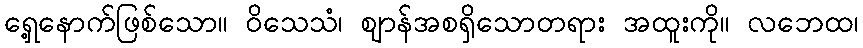
ရှေ့နောက်ဖြစ်သော။ ဝိသေသံ၊ ဈာန်အစရှိသောတရား အထူးကို။ လဘေထ၊